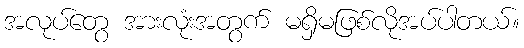
အလုပ်တွေ အားလုံးအတွက် မရှိမဖြစ်လိုအပ်ပါတယ်။